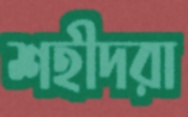
শহীদরা